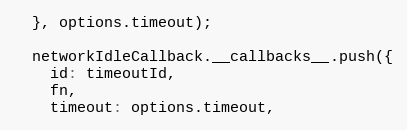
Language: JavaScript
  }, options.timeout);

  networkIdleCallback.__callbacks__.push({
    id: timeoutId,
    fn,
    timeout: options.timeout,